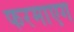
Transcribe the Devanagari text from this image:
फरमाएग